Vaccination United Provinces of Agra and Oudh 1914-1922 - 1914-1922
Year: 1914
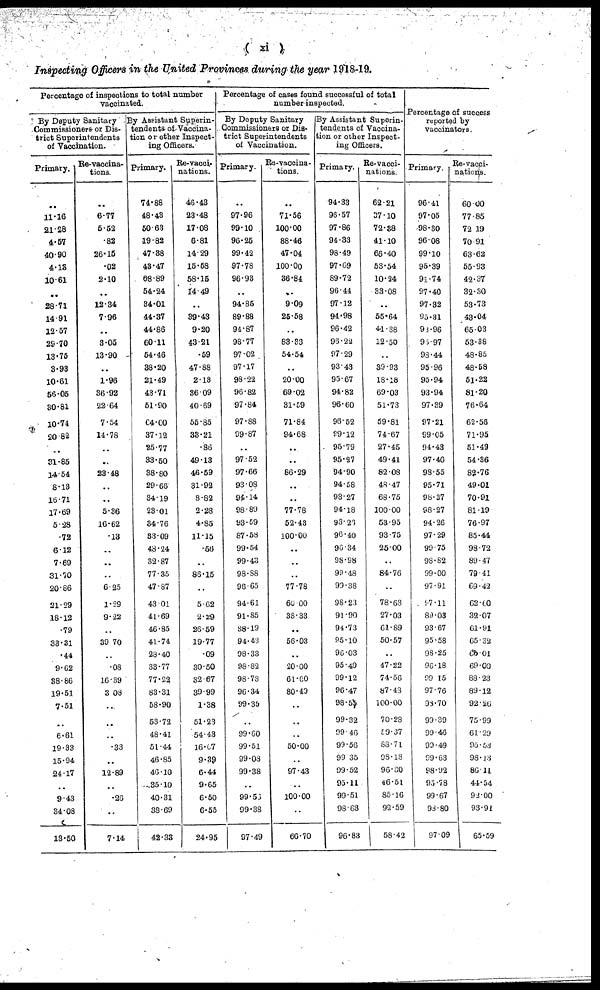
( xi )
Inspecting Officers in the United Provinces during the year 1918-19.
Percentage of inspections to total number
vaccinated.
By Deputy Sanitary
Commissioners or Dis-
trict Superintendents
of Vaccination.
Primary.
..
11.16
21.28
4.57
40.90
4.13
10.61
..
28.71
14.91
12.57
29.70
13.75
3.93
10.61
56.05
30.81
10.74
20.82
..
31.85
14.54
8.13
16.71
17.69
5.28
.72
6.12
7.69
31.70
20.86
21.29
18.12
.79
33.31
.44
9.62
38.86
19.51
7.51
..
6.61
19.33
15.94
24.17
..
9.43
34.08
13.50
Re-vaccina-
tions.
..
6.77
5.52
.82
26.15
.02
2.10
..
12.34
7.96
..
3.05
13.90
..
1.96
36.92
22.64
7.54
14.78
..
..
23.48
..
..
5.36
16.62
.13
..
..
..
6.25
1.29
9.22
..
39.70
..
.08
16.39
3.08
..
..
..
.33
..
12.89
..
.26
..
7.14
By Assistant Superin-
tendents of Vaccina-
tion or other Inspect-
ing Officers.
Primary.
74.88
48.43
50.63
19.82
47.38
43.47
68.89
54.24
34.01
44.37
44.86
60.11
54.46
38.20
21.49
43.71
51.90
64.00
37.12
25.77
33.50
38.80
29.66
34.19
23.01
34.76
33.09
48.24
32.87
77.35
47.87
43.01
41.69
46.85
41.74
23.40
33.77
77.22
83.31
58.90
53.72
48.41
51.44
46.85
46.10
35.10
40.31
38.69
42.33
Re-vacci-
nations.
46.43
23.48
17.08
6.81
14.29
15.58
58.15
14.49
..
39.43
9.20
43.21
.59
47.88
2.13
36.09
40.69
55.85
33.21
.86
49.13
46.59
31.92
8.82
2.28
4.85
11.15
.56
..
86.15
..
5.62
2.29
26.59
19.77
.09
30.50
32.67
39.99
1.38
51.23
54.43
16.07
9.39
6.44
9.65
6.50
6.55
24.95
Percentage of cases found successful of total
number inspected.
By Deputy Sanitary
Commissioners or Dis-
trict Superintendents
of Vaccination.
Primary.
..
97.96
99.10
96.25
99.42
97.78
96.93
..
94.85
89.88
94.87
98.77
97.02
97.17
98.22
96.82
97.84
97.88
99.87
..
97.52
97.66
93.08
94.14
98.89
93.59
87.58
99.54
99.43
98.88
96.65
94.61
91.85
88.19
94.43
98.33
98.82
98.73
96.34
99.35
..
99.60
99.51
99.08
99.38
..
99.53
99.38
97.49
Re-vaccina-
tions.
..
71.56
100.00
88.46
47.04
100.00
36.84
..
9.09
25.58
..
83.33
54.54
..
20.00
69.02
31.59
71.84
94.68
..
..
86.29
..
..
77.78
52.43
100.00
..
..
..
77.78
60.00
33.33
..
56.03
..
20.00
61.60
80.49
..
..
..
50.00
..
97.43
..
100.00
..
66.70
By Assistant Superin-
tendents of Vaccina-
tion or other Inspect-
ing Officers.
Primary.
94.33
96.57
97.86
94.33
98.49
97.69
89.72
96.44
97.12
94.98
96.42
96.22
97.29
93.43
95.67
94.82
96.60
96.52
99.12
95.79
95.27
94.90
94.58
93.27
94.18
93.26
96.40
96 34
98.98
99.48
99.38
98.23
91.90
94.73
95.10
96.03
95.49
99.12
96.47
98.55
99.32
99.46
99.56
99.35
99.52
95.11
99.51
98.63
96.83
Re-vacci-
nations.
62.21
37.10
72.38
41.10
66.40
53.54
10.24
33.08
..
55.64
41.38
12.50
..
39.93
18.18
69.03
51.73
59.81
74.67
27.45
49.41
82.08
48.47
68.75
100.00
53.95
93.75
25.00
..
84.76
..
78.63
27.03
61.89
50.57
..
47.22
74.56
87.43
100.00
70.28
59.37
88.71
98.18
96.30
46.51
85.16
92.59
58.42
Percentage of success
reported by
vaccinators.
Primary.
96.41
97.05
98.30
96.08
99.10
95.39
91.74
97.40
97.32
95.31
98.96
95.97
93.44
95.96
95.94
93.94
97.39
97.21
99.05
94.43
97.40
98.55
95.71
98.37
98.27
94.26
97.29
99.75
98.82
99.00
97.91
97.11
89.03
93.67
95.58
98.25
96.18
99.15
97.76
98.70
99.39
99.46
93.49
99.63
98.92
95 .78
99.67
98.80
97.09
Re-vacci-
nations.
60.00
77.85
72.19
70.91
63.62
55.93
42.37
32.30
53.73
43.04
65.03
53.38
48.85
48.58
51.22
81.20
76.64
62.56
71.95
51.49
54.36
82.76
49.01
70.91
81.19
76.97
85.44
98.72
89.47
79.41
69.42
62.60
32.07
61.91
65.32
65.01
69.00
88.23
89.12
92.26
75.99
61.29
95.53
98.13
86.11
44.54
92.00
93.91
65.59